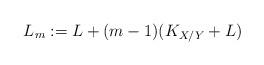
LaTeX: \begin{align*}L_m:= L+ (m-1)(K_{X/Y}+ L)\end{align*}